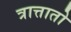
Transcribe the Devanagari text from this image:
त्रात्तातो